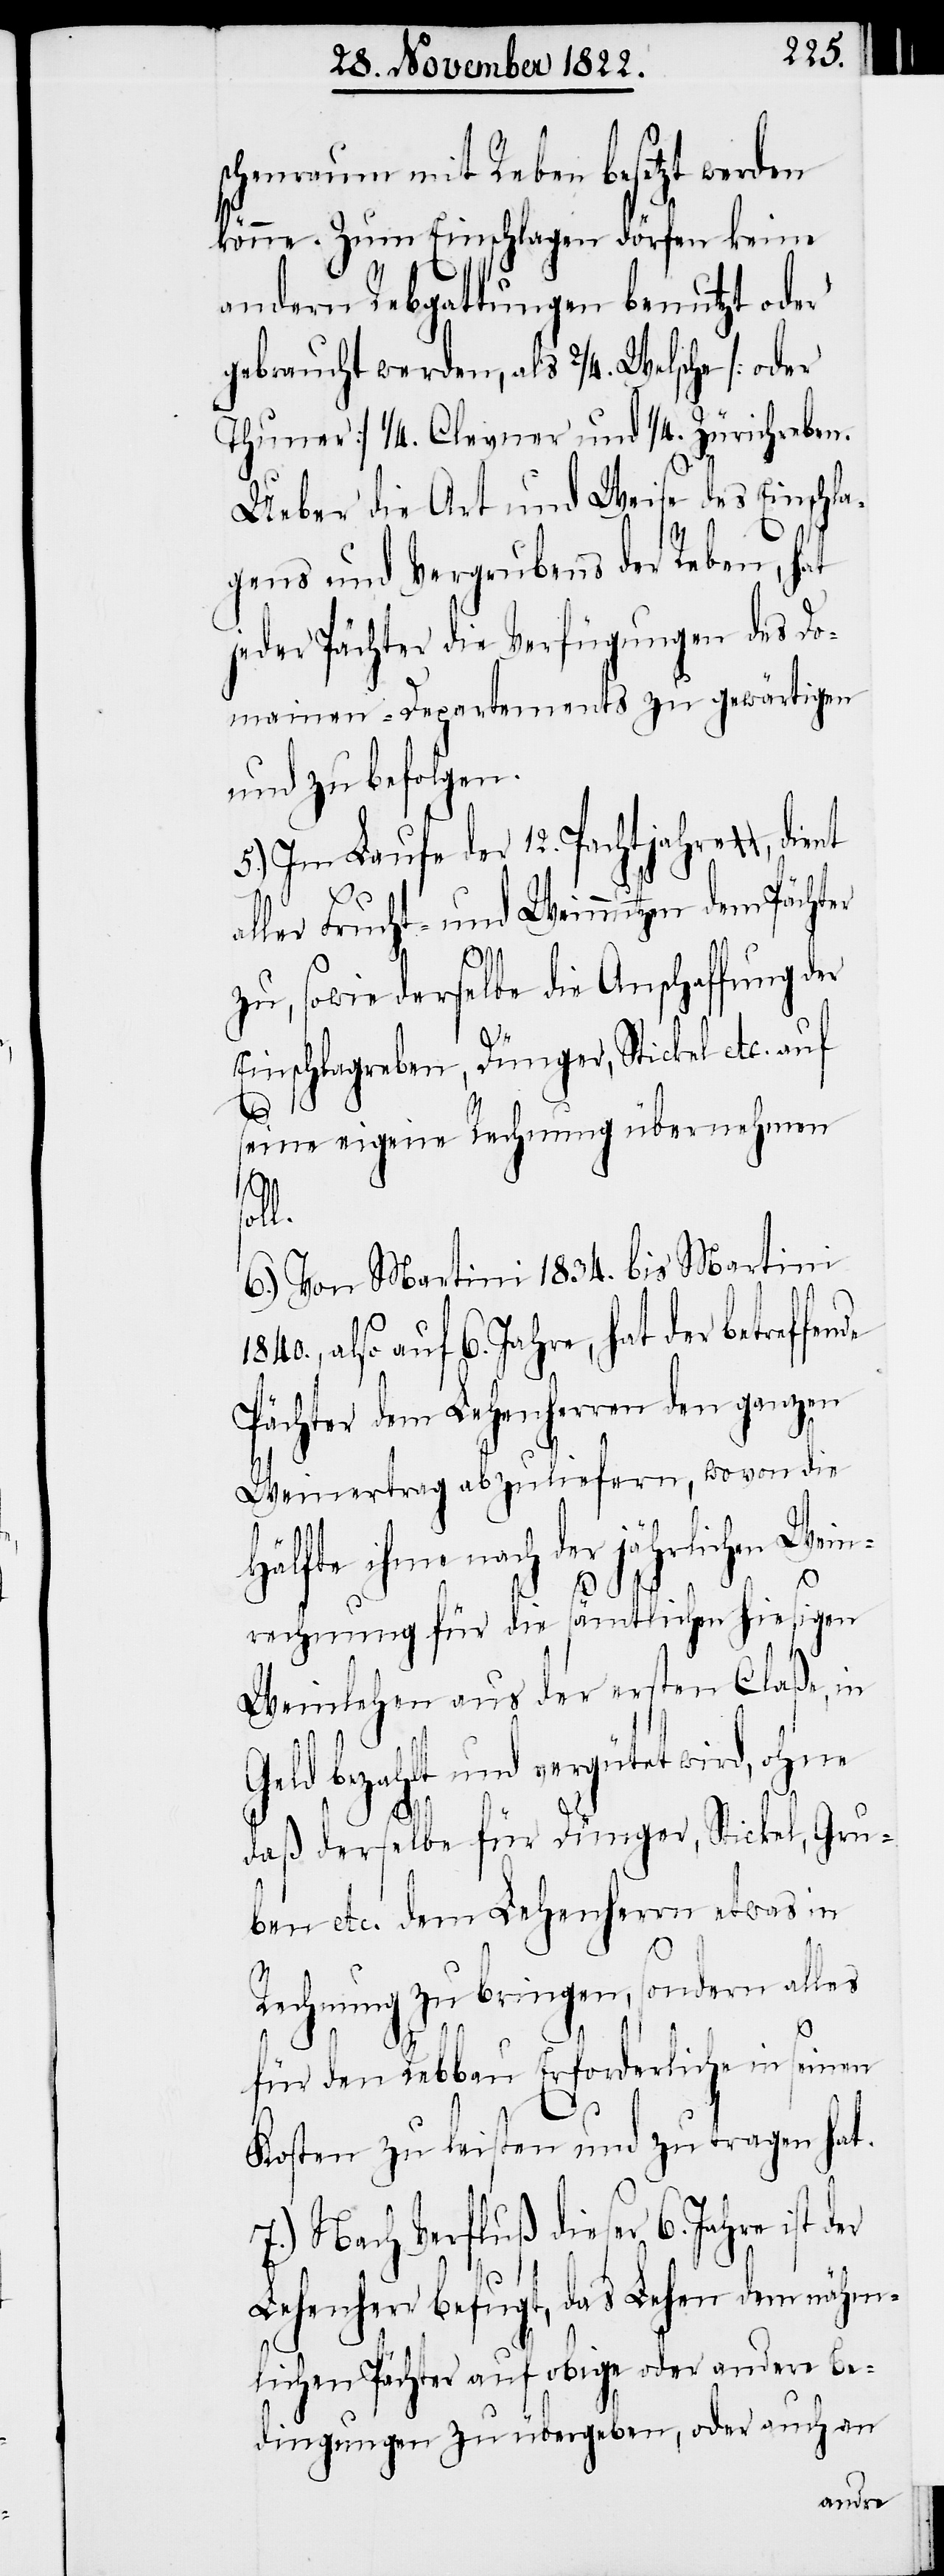
schenraum mit Reben besetzt werden
könne. Zum Einschlagen dörfen keine
andern Rebgattungen benutzt oder
gebraucht werden, als 2/4. Welsche [oder
Thuner] 1/4. Clevner und 1/4. Zürichreben.
Ueber die Art und Weise des Einschla¬
gens und Vergrubens der Reben, hat
jeder Pächter die Verfügungen des Do¬
mainen-Departements zu gewärtigen
und zu befolgen.
5.) Im Laufe der 12. Pachtjahre, dient
aller Frucht- und Weinnutzen dem Pächter
zu, sowie derselbe die Anschaffung der
l.
Einschlagreben, Dünger, Stickel etc. auf
er
seine eigene Rechnung übernehmen
sol¬
6.) Von Martini 1834. bis Martini
also auf 6. Jahre, hat der betreffen¬
Pächter dem Lehenherren den ganzen
Weinertrag abzuliefern, wovon die
Hälfte ihme nach der jährlichen Wein¬
rechnung für die sämtlichen hiesigen
Weinlehen aus der ersten Claße, in
und vergütet wird, ohne
daß derselbe für Dünger, Stickel, Gru¬
ben etc. dem Lehenherrn etwas in
Rechnung zu bringen, sondern alles
für den Rebbau Erforderliche in seinen
Kosten zu leisten und zu tragen hat.
7.) Nach Verfluß dieser 6. Jahre ist d¬
Lehenherr befugt, das Lehen dem nähm¬
lichen Pächter auf obige oder andere Be¬
dingungen zu übergeben, oder auch an